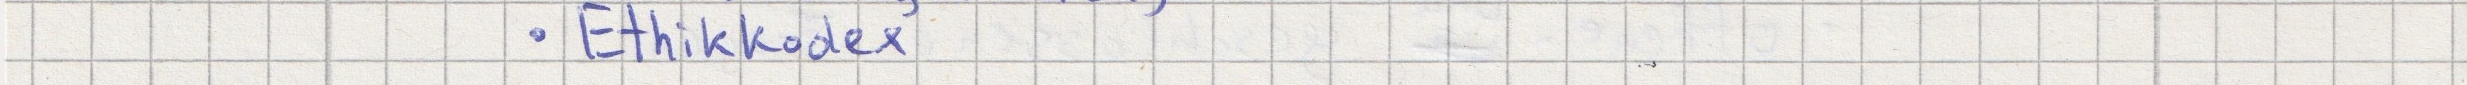
- Ethikkodex